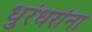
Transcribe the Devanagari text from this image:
धुरंधरांना